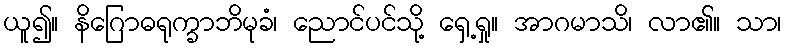
ယူ၍။ နိဂြောဓရုက္ခာဘိမုခံ၊ ညောင်ပင်သို့ ရှေ့ရှု။ အာဂမာသိ၊ လာ၏။ သာ၊